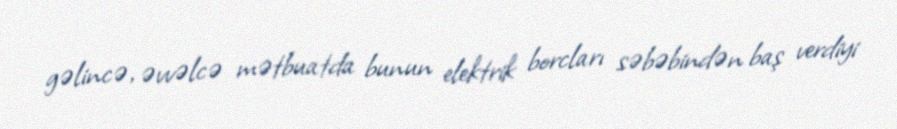
gəlincə, əvvəlcə mətbuatda bunun elektrik borcları səbəbindən baş verdiyi